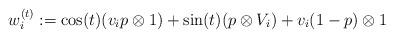
LaTeX: \begin{align*}w_{i}^{(t)}:=\cos(t)(v_ip \otimes 1) + \sin(t)(p \otimes V_{i})+v_{i}(1-p) \otimes 1\end{align*}